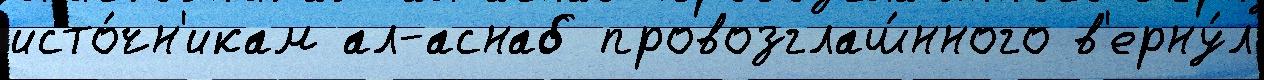
исто́чн'икам ал-аснаб провозглаш́нного в'ерну́л